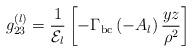
LaTeX: \begin{align*}g_{23}^{(l)}={\displaystyle \frac{1}{{\cal E}_l}}\left[{\displaystyle -\Gamma_{\rm{bc}}\left(-A_l\right)\frac{yz}{\rho^2}}\right]\end{align*}